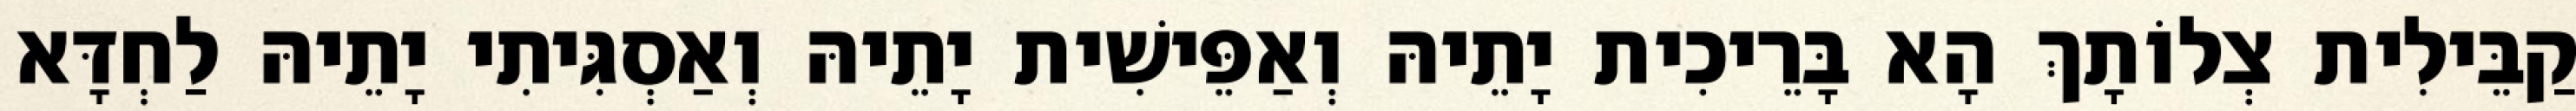
קַבֵּילִית צְלוֹתָךְ הָא בָּרֵיכִית יָתֵיהּ וְאַפֵּישִׁית יָתֵיהּ וְאַסְגִּיתִי יָתֵיהּ לַחְדָּא